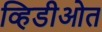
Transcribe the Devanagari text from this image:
व्हिडीओत